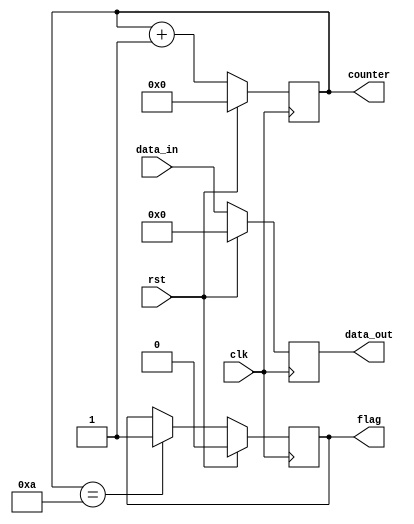
module ResetConditionBlock (
    input wire clk,          // Clock input
    input wire rst,          // Reset input (active high)
    input wire [7:0] data_in, // Example input data
    output reg [7:0] data_out, // Example output data
    output reg [3:0] counter,   // Example counter
    output reg flag            // Example flag
);

// Synchronous Reset Condition
always @(posedge clk) begin
    if (rst) begin
        // State Initialization
        data_out <= 8'b0;      // Initialize output data to 0
        counter <= 4'b0;       // Initialize counter to 0
        flag <= 1'b0;          // Initialize flag to 0
    end
    else begin
        // Normal operational mode (example behavior)
        data_out <= data_in;   // Pass input data to output
        counter <= counter + 1; // Increment counter
        flag <= (counter == 4'd10) ? 1'b1 : flag; // Set flag when counter reaches 10
    end
end

endmodule